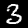
Digit: 3